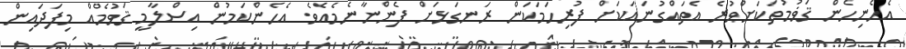
އެހެނިހެން ޤަޥުމުތަކަށްވުރެ އެތައްގުނައަކަށް ފުރިހަމަކަން ރަނގަޅަށް ފެންނާނެމެއެވެ. އެހެންކަމުން އިސްލާމީ ޤަވުމެއް މިފަދައިން